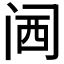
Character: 𲈹